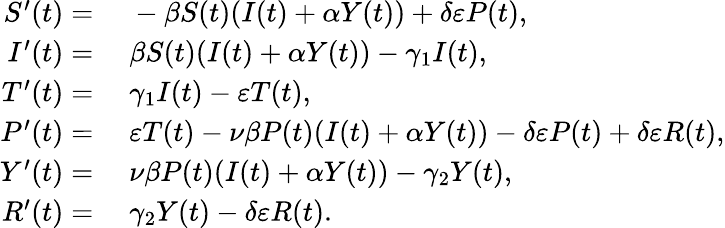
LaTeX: \begin{array}{rl}{S^{\prime}(t)=}&{{}\; -\beta S(t)(I(t)+\alpha Y(t))+\delta\varepsilon P(t),}\\ {I^{\prime}(t)=}&{{}\; \beta S(t)(I(t)+\alpha Y(t))-\gamma_{1}I(t),}\\ {T^{\prime}(t)=}&{{}\; \gamma_{1}I(t)-\varepsilon T(t),}\\ {P^{\prime}(t)=}&{{}\; \varepsilon T(t)-\nu\beta P(t)(I(t)+\alpha Y(t))-\delta\varepsilon P(t)+\delta\varepsilon R(t),}\\ {Y^{\prime}(t)=}&{{}\; \nu\beta P(t)(I(t)+\alpha Y(t))-\gamma_{2}Y(t),}\\ {R^{\prime}(t)=}&{{}\; \gamma_{2}Y(t)-\delta\varepsilon R(t).}\end{array}